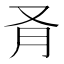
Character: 𪠥